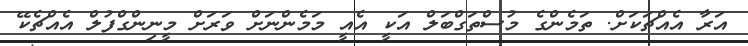
އަރާ އެއްޗަކަށް. ތަމެންގެ މުސްތަގްބަލް އަކީ އެއީ މަމެންނަށް ވަރަށް މީނިންގްފުލް އެއްޗެކޭ